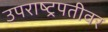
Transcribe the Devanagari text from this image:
उपराष्ट्रपतीवर